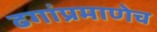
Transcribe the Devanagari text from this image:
ढगांप्रमाणेच